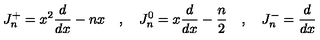
J _ { n } ^ { + } = x ^ { 2 } { \frac { d } { d x } } - n x \quad , \quad J _ { n } ^ { 0 } = x { \frac { d } { d x } } - { \frac { n } { 2 } } \quad , \quad J _ { n } ^ { - } = { \frac { d } { d x } }